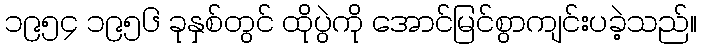
၁၉၅၄ ၁၉၅၆ ခုနှစ်တွင် ထိုပွဲကို အောင်မြင်စွာကျင်းပခဲ့သည်။